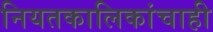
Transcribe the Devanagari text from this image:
नियतकालिकांचाही